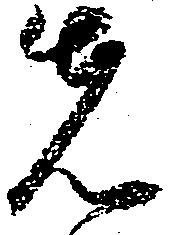
先